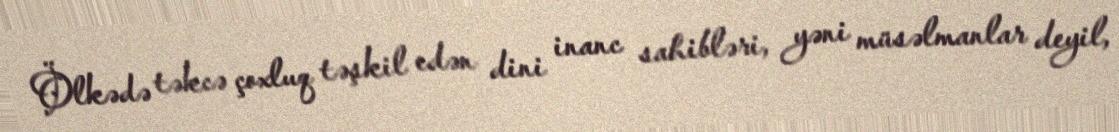
Ölkədə təkcə çoxluq təşkil edən dini inanc sahibləri, yəni müsəlmanlar deyil,